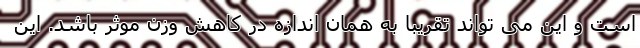
است و این می تواند تقریبا به همان اندازه در کاهش وزن موثر باشد. این